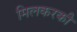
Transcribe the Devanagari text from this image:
मिलकरकी